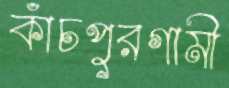
কাঁচপুরগামী